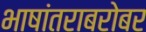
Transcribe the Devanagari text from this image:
भाषांतराबरोबर